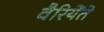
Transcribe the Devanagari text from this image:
वैरियेंते